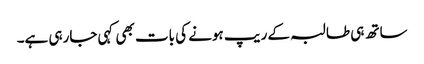
ساتھ ہی طالبہ کے ریپ ہونے کی بات بھی کہی جارہی ہے۔